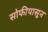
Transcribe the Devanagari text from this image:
सोफीपासून